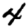
Digit: 4